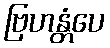
ဗြဟန္တံပေ